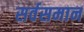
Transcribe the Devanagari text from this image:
सर्वसमान